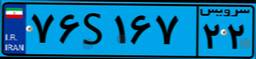
۷۶S۱۶۷۲۲